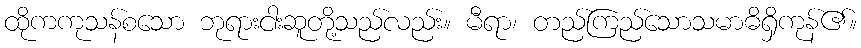
ထိုကကုသန်စသော ဘုရားငါးဆူတို့သည်လည်း။ မီရာ၊ တည်ကြည်သောသမာဓိရှိကုန်၏။